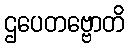
ဌပေတဗ္ဗောတိ